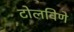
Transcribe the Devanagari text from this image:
टोलविणे